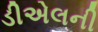
ડીએલની